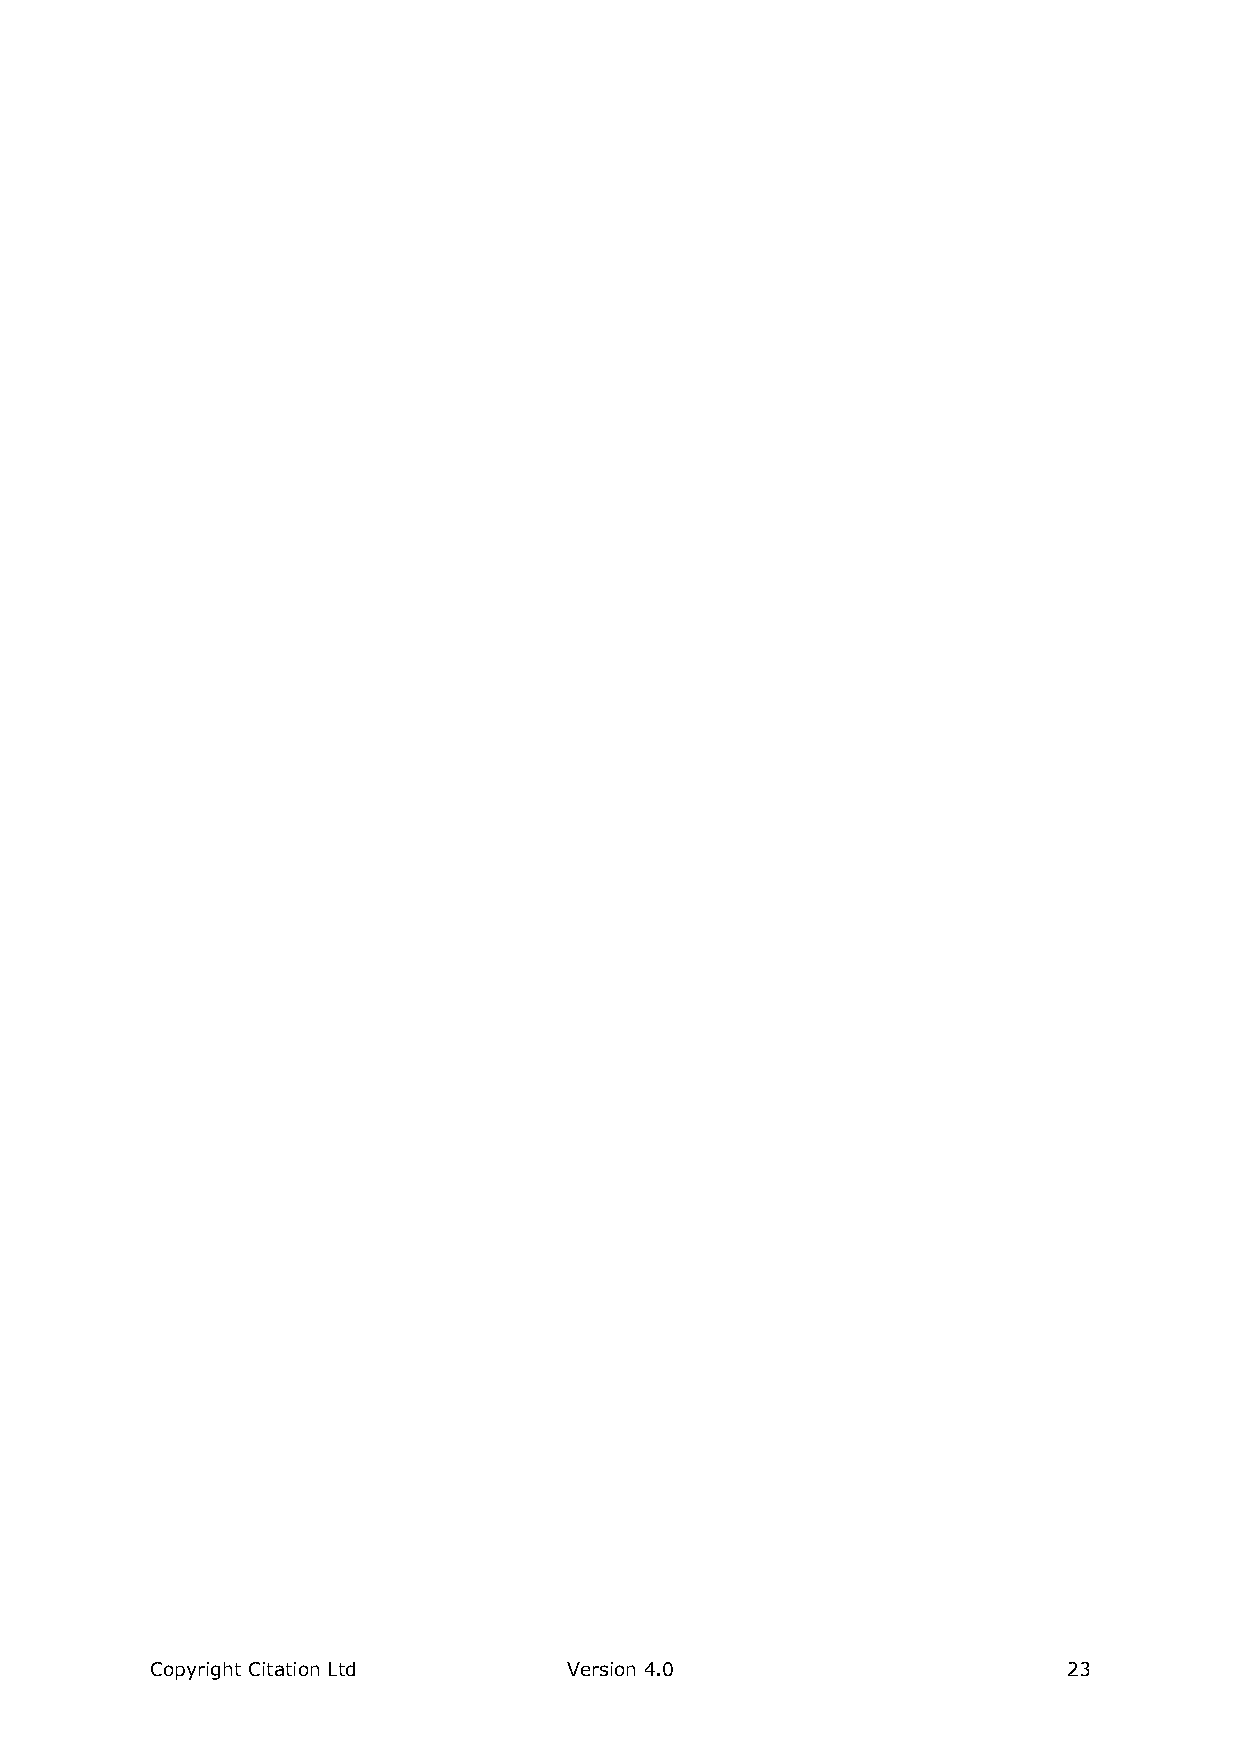
Copyright Citation Ltd      Version 4.0                      23